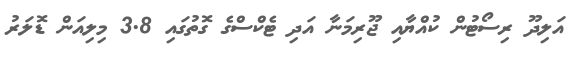
އަލިދޫ ރިސޯޓުން ކުއްޔާއި ޖޫރިމަނާ އަދި ޓެކްސްގެ ގޮތުގައި 3.8 މިލިއަން ޑޮލަރު